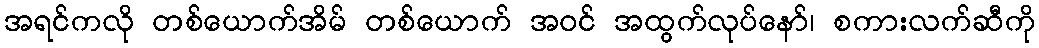
အရင်ကလို တစ်ယောက်အိမ် တစ်ယောက် အဝင် အထွက်လုပ်နော်၊ စကားလက်ဆီကို